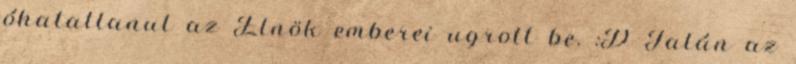
óhatatlanul az Elnök emberei ugrott be. :D Talán az